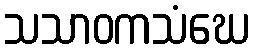
သသာဝကသံဃေ